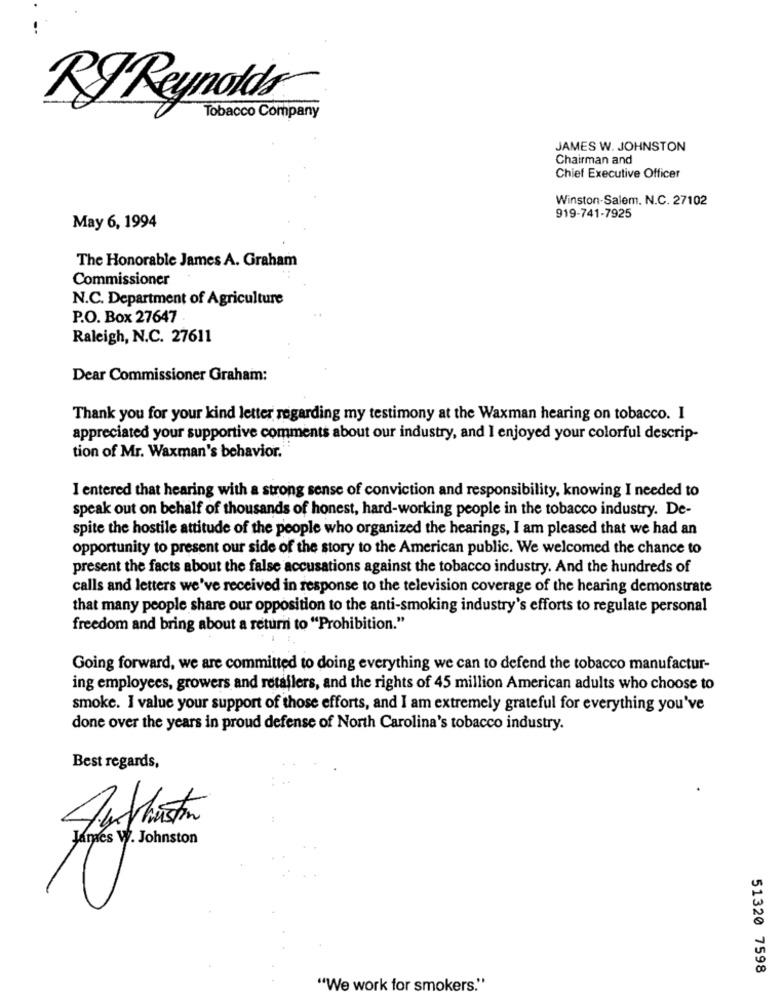
RJ Reynolds
Tobacco Company
JAMES W. JOHNSTON
Chairman and
Chief Executive Officer
Winston-Salem. N.C. 27102
919-741-7925
May 6, 1994
The Honorable James A. Graham
Commissioner
N.C. Department of Agriculture
P.O. Box 27647
Raleigh, N.C. 27611
Dear Commissioner Graham:
Thank you for your kind letter regarding my testimony at the Waxman hearing on tobacco. I
appreciated your supportive comments about our industry, and I enjoyed your colorful descrip-
tion of Mr. Waxman's behavior."
I entered that hearing with a strong sense of conviction and responsibility, knowing I needed to
speak out on behalf of thousands of honest, hard-working people in the tobacco industry. De-
spite the hostile attitude of the people who organized the hearings, I am pleased that we had an
opportunity to present our side of the story to the American public. We welcomed the chance to
present the facts about the false accusations against the tobacco industry. And the hundreds of
calls and letters we've received in response to the television coverage of the hearing demonstrate
that many people share our opposition to the anti-smoking industry's efforts to regulate personal
freedom and bring about a return to "Prohibition."
Going forward, we are committed to doing everything we can to defend the tobacco manufactur-
ing employees, growers and retailers, and the rights of 45 million American adults who choose to
smoke. I value your support of those efforts, and I am extremely grateful for everything you've
done over the years in proud defense of North Carolina's tobacco industry.
Best regards,
Anyhostin
James W. Johnston
51320 7598
"We work for smokers."